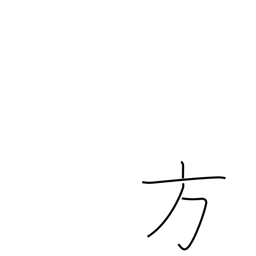
Meaning: alternative